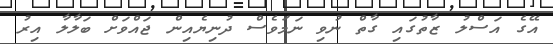
އޭގެ އަސްލު ޒާތުގައި ގާތް ނުވި ނަމަވެސް ދުނިޔެއިން ޖައްވަށް ބަލާލާ އިރު